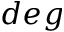
d e g